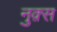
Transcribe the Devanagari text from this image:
नुक़्स